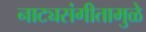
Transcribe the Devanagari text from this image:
नाट्यसंगीतामुळे